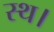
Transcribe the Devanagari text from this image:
स्थ।